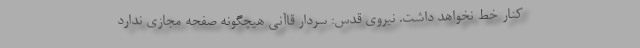
کنار خط نخواهد داشت. نیروی قدس: سردار قاآنی هیچگونه صفحه مجازی ندارد